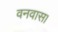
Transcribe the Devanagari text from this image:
वनवास।